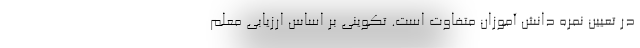
در تعیین نمره دانش آموزان متفاوت است. تکوینی بر اساس ارزیابی معلم